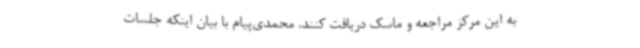
به این مرکز مراجعه و ماسک دریافت کنند. محمدی‌پیام با بیان اینکه جلسات